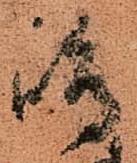
嶋